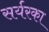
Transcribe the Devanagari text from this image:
सर्यरका